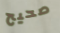
صحيح